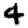
Digit: 4